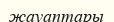
жауаптары